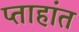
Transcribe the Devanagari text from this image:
प्ताहांत